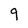
Character: 9